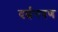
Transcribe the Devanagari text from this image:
दर्शनपण